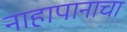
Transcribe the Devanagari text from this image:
नाहापानाचा